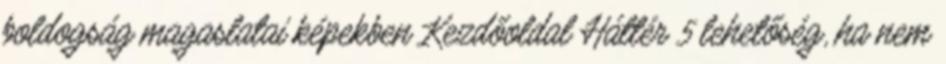
boldogság magaslatai képekben Kezdőoldal Háttér 5 lehetőség, ha nem